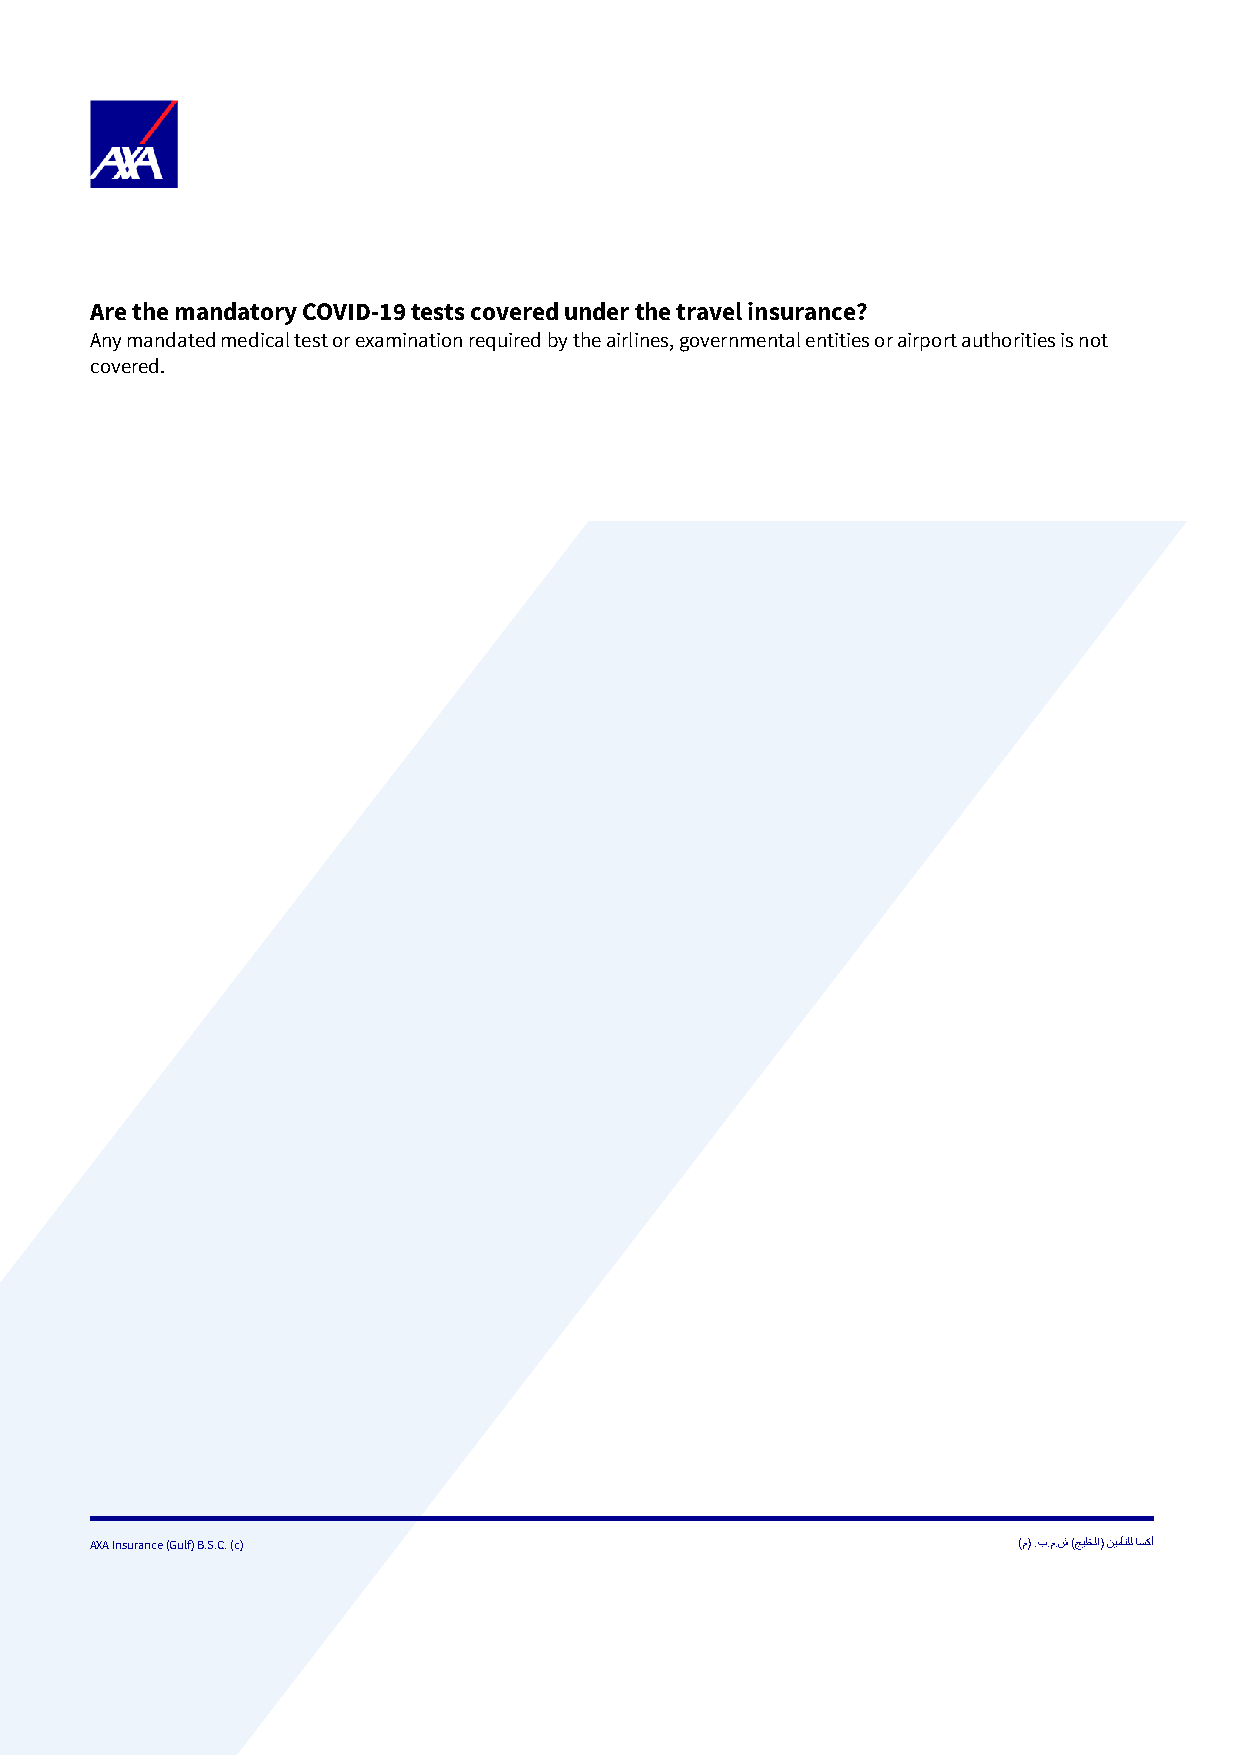
Are the mandatory COVID-19 tests covered under the travel insurance?
 Any mandated medical test or examination required by the airlines, governmental entities or airport authorities is not
 covered.
 AXA Insurance (Gulf) B.S.C. (c)                              ) م( .ب.م.ش )جيلخلا( نيمأتلل اسكأ